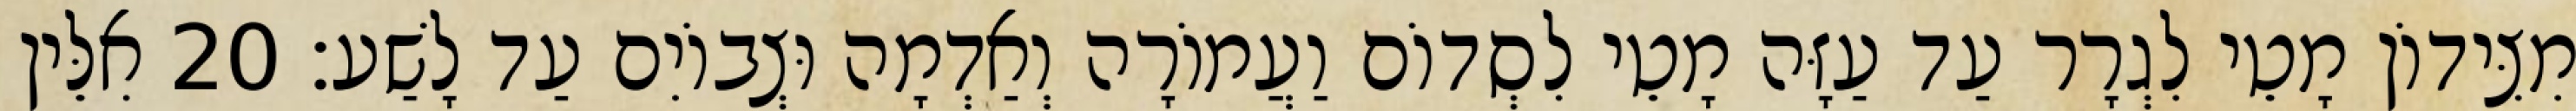
מִצִּידוֹן מָטֵי לִגְרָר עַד עַזָּה מָטֵי לִסְדוֹם וַעֲמוֹרָה וְאַדְמָה וּצְבוֹיִם עַד לָשַׁע׃ 20 אִלֵּין